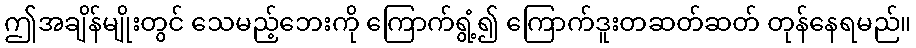
ဤအချိန်မျိုးတွင် သေမည့်ဘေးကို ကြောက်ရွံ့၍ ကြောက်ဒူးတဆတ်ဆတ် တုန်နေရမည်။